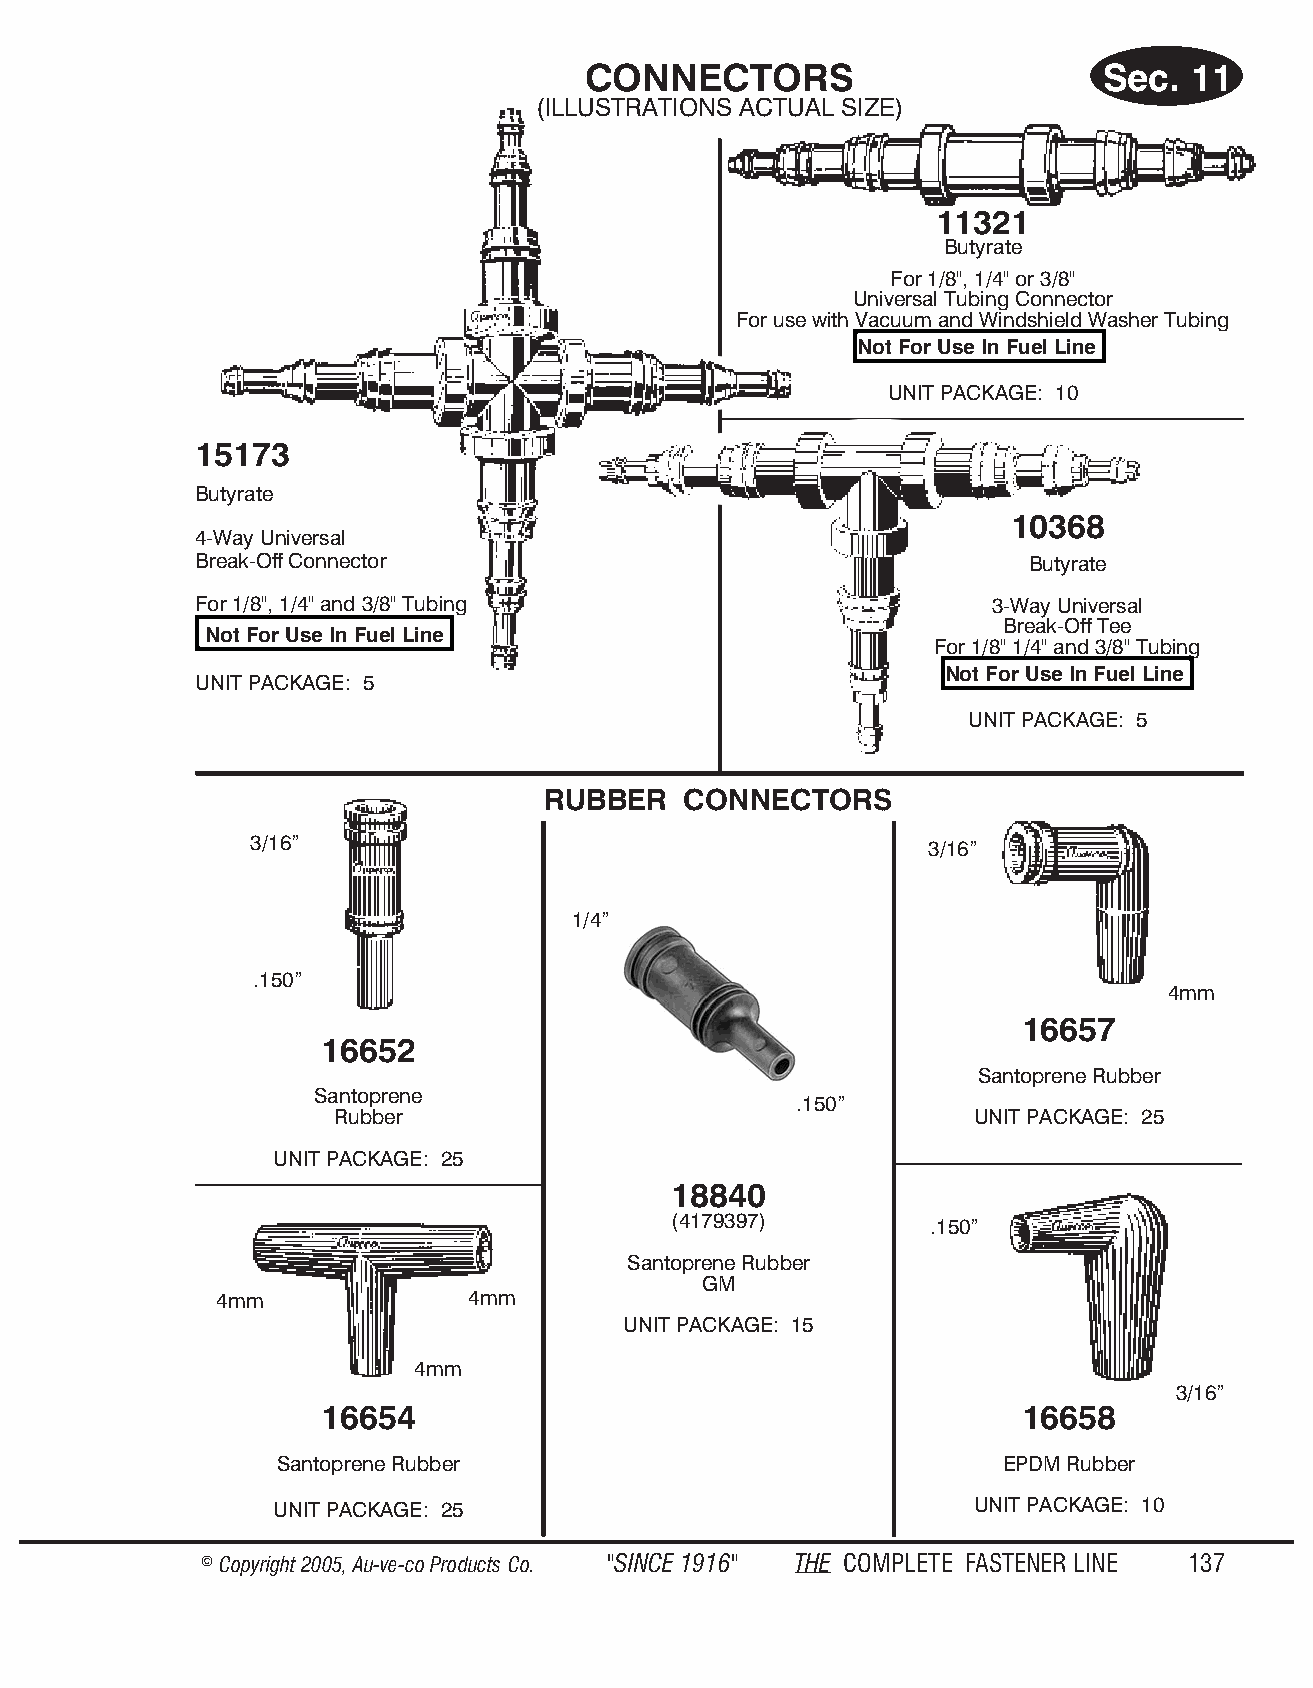
CONNECTORS                        Sec.  11
 (ILLUSTRATIONS ACTUAL SIZE)
 11321
 Butyrate
 For 1/8", 1/4" or 3/8"
 Universal Tubing Connector
 For use with Vacuum and Windshield Washer Tubing
 Not For Use In Fuel Line
 UNIT PACKAGE: 10
 15173
 Butyrate
 10368
 4-Way Universal
 Break-Off Connector                                    Butyrate
 For 1/8", 1/4" and 3/8" Tubing                       3-Way Universal
 Break-Off Tee
 Not For Use In Fuel Line
 For 1/8" 1/4" and 3/8" Tubing
 Not For Use In Fuel Line
 UNIT PACKAGE: 5
 UNIT PACKAGE: 5
 RUBBER   CONNECTORS
 3/16”                                        3/16”
 1/4”
 .150”
 4mm
 16657
 16652
 Santoprene Rubber
 Santoprene
 .150”
 Rubber                                     UNIT PACKAGE: 25
 UNIT PACKAGE: 25
 18840
 (4179397)        .150”
 Santoprene Rubber
 GM
 4mm             4mm
 UNIT PACKAGE: 15
 4mm
 3/16”
 16654                                          16658
 Santoprene Rubber                               EPDM Rubber
 UNIT PACKAGE: 25                               UNIT PACKAGE: 10
 © Copyr ight 2005, Au-ve-co Produ cts Co. "SINCE 1916" THE COM PLETE FAST ENER LINE 137